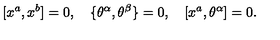
\lbrack x ^ { a } , x ^ { b } ] = 0 , \quad \{ \theta ^ { \alpha } , \theta ^ { \beta } \} = 0 , \quad [ x ^ { a } , \theta ^ { \alpha } ] = 0 .